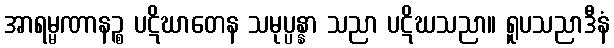
အာရမ္မဏာနဉ္စ ပဋိဃာတေန သမုပ္ပန္နာ သညာ ပဋိဃသညာ။ ရူပသညာဒီနံ